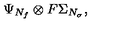
\Psi _ { N _ { f } } \otimes F \Sigma _ { N _ { \sigma } } ,